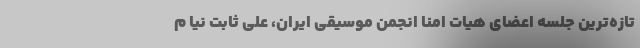
تازه‌ترین جلسه اعضای هیات امنا انجمن موسیقی ایران، علی ثابت نیا م